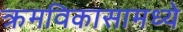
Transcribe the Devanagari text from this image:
क्रमविकासामध्ये